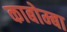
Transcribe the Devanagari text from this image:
काबोम्बा